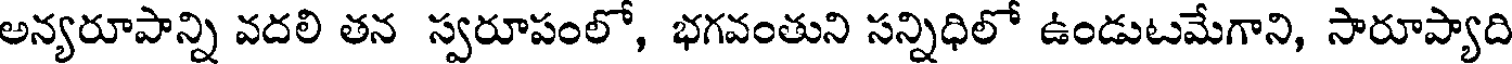
అన్యరూపాన్ని వదలి తన స్వరూపంలో, భగవంతుని సన్నిధిలో ఉండుటమేగాని, సారూప్యాది